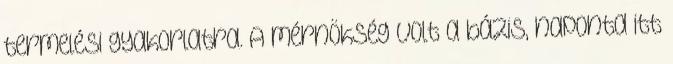
termelési gyakorlatra. A mérnökség volt a bázis, naponta itt